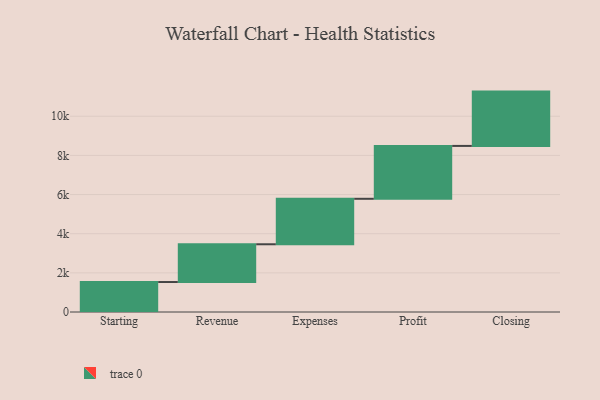
{"axis": {"x": "Step", "y": "Value"}, "legend": [""], "data": [{"x": "Starting", "y": 1531.0, "type": ""}, {"x": "Revenue", "y": 1929.0, "type": ""}, {"x": "Expenses", "y": 2324.0, "type": ""}, {"x": "Profit", "y": 2701.0, "type": ""}, {"x": "Closing", "y": 2775.0, "type": ""}]}